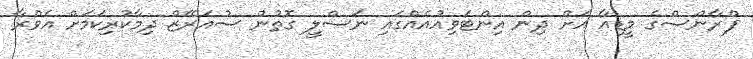
ފްރާންސްގެ މީޑިއާ އަށް ދިން އިންޓަވިއުއެއްގައި ނަސްލީ ގޮތުން ސުއަރޭޒް ދިމާކުރިކަމަށް އެވްރާ